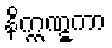
နိက္ကဏ္ဋကာ